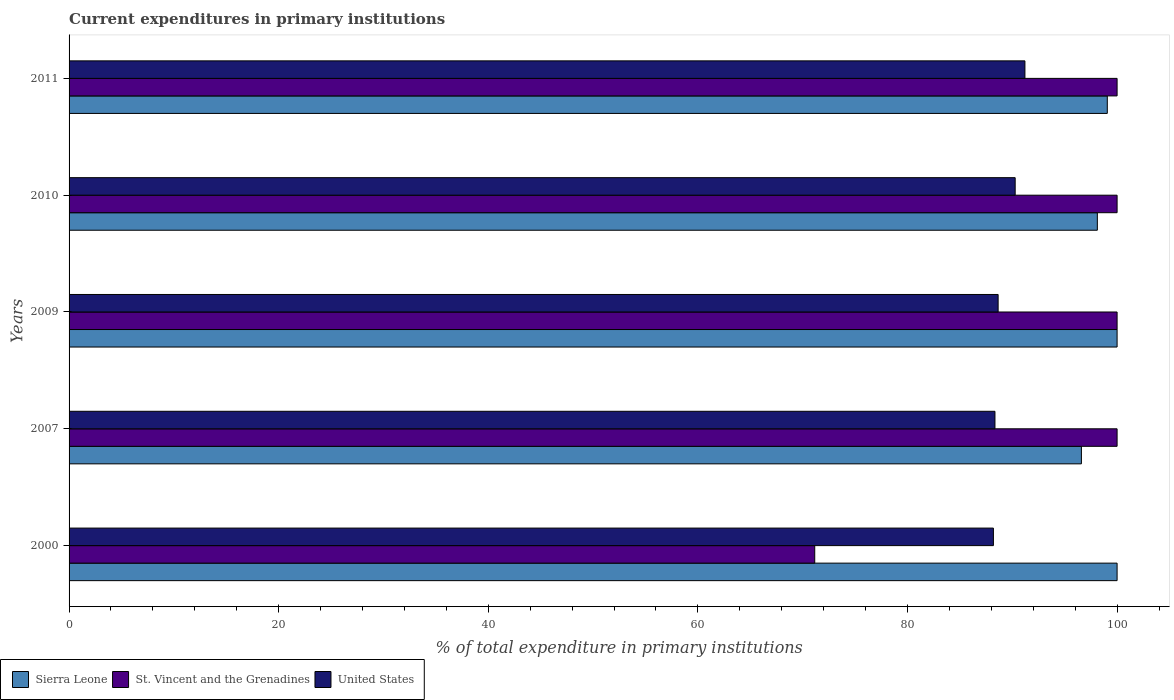
| Years | Sierra Leone | St. Vincent and the Grenadines | United States |
 | --- | --- | --- | --- |
 | 2000 | 100 | 71.1 | 88.2 |
 | 2007 | 96.6 | 100 | 88.3 |
 | 2009 | 100 | 100 | 88.6 |
 | 2010 | 98.1 | 100 | 90.3 |
 | 2011 | 99.1 | 100 | 91.2 |